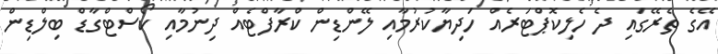
އޭގެ ތެރޭގައި ދެ ހެލިކޮޕްޓަރެއް ހަދިޔާކުރުމާއި ލޭންޑިން ކްރާފްޓެއް ދިނުމާއި ކޯސްޓްގާޑް ބިލްޑިން